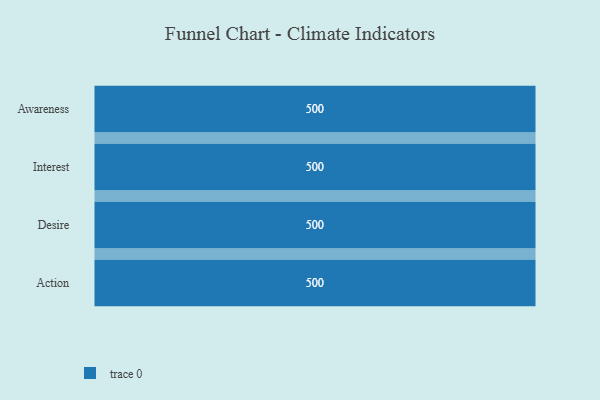
{"axis": {"x": "Stage", "y": "Value"}, "legend": [""], "data": [{"x": "Awareness", "y": 500, "type": ""}, {"x": "Interest", "y": 500, "type": ""}, {"x": "Desire", "y": 500, "type": ""}, {"x": "Action", "y": 500, "type": ""}]}